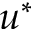
u ^ { * }